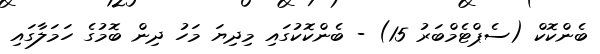
ބެންކޮކް (ސެޕްޓެމްބަރު 15) - ބެންކޮކުގައި މިދިޔަ މަހު ދިން ބޮމުގެ ހަމަލާގައި